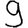
Digit: 9